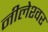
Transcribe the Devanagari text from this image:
नीलेश्‍वर